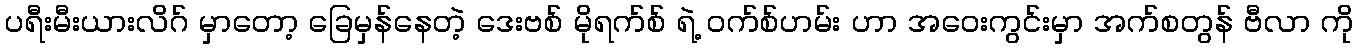
ပရီးမီးယားလိဂ် မှာတော့ ခြေမှန်နေတဲ့ ဒေးဗစ် မိုရက်စ် ရဲ့ ဝက်စ်ဟမ်း ဟာ အဝေးကွင်းမှာ အက်စတွန် ဗီလာ ကို